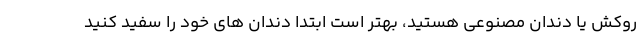
روکش یا دندان مصنوعی هستید، بهتر است ابتدا دندان های خود را سفید کنید